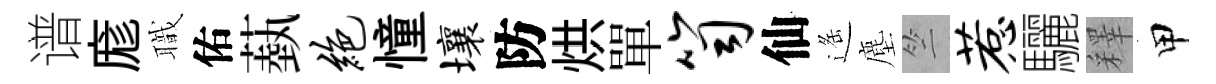
谱庬職佑蓺绝憧壤防烘單笥仙遥塵竺惹驪釋甲